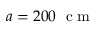
a = 2 0 0 \; \mathrm { ~ c ~ m ~ }